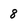
Character: 8